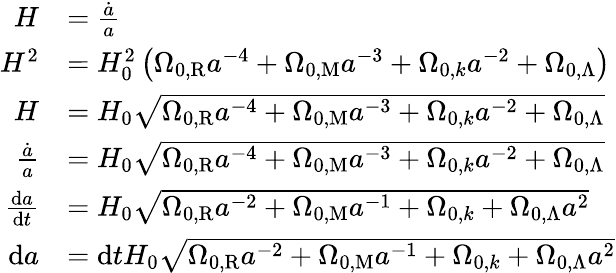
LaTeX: {\begin{array}{rl}{H}&{={\frac{\dot{a}}{a}}}\\ {H^{2}}&{=H_{0}^{2}\left(\Omega_{0,\mathrm{R}}a^{-4}+\Omega_{0,\mathrm{M}}a^{-3}+\Omega_{0,k}a^{-2}+\Omega_{0,\Lambda}\right)}\\ {H}&{=H_{0}{\sqrt{\Omega_{0,\mathrm{R}}a^{-4}+\Omega_{0,\mathrm{M}}a^{-3}+\Omega_{0,k}a^{-2}+\Omega_{0,\Lambda}}}}\\ {{\frac{\dot{a}}{a}}}&{=H_{0}{\sqrt{\Omega_{0,\mathrm{R}}a^{-4}+\Omega_{0,\mathrm{M}}a^{-3}+\Omega_{0,k}a^{-2}+\Omega_{0,\Lambda}}}}\\ {{\frac{\mathrm{d}a}{\mathrm{d}t}}}&{=H_{0}{\sqrt{\Omega_{0,\mathrm{R}}a^{-2}+\Omega_{0,\mathrm{M}}a^{-1}+\Omega_{0,k}+\Omega_{0,\Lambda}a^{2}}}}\\ {\mathrm{d}a}&{=\mathrm{d}tH_{0}{\sqrt{\Omega_{0,\mathrm{R}}a^{-2}+\Omega_{0,\mathrm{M}}a^{-1}+\Omega_{0,k}+\Omega_{0,\Lambda}a^{2}}}}\end{array}}